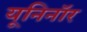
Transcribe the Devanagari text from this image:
यूनिनॉर